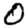
Digit: 0